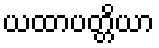
ယထာပတ္တိယာ